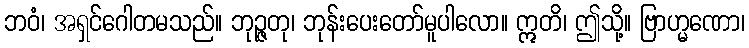
ဘဝံ၊ အရှင်ဂေါတမသည်။ ဘုဉ္ဇတု၊ ဘုန်းပေးတော်မူပါလော။ ဣတိ၊ ဤသို့။ ဗြာဟ္မဏော၊